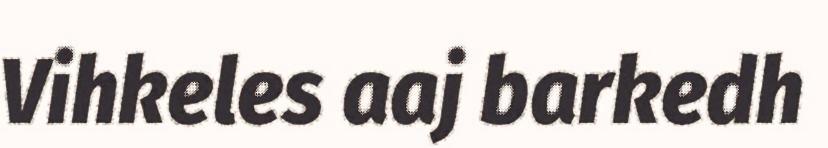
Vihkeles aaj barkedh